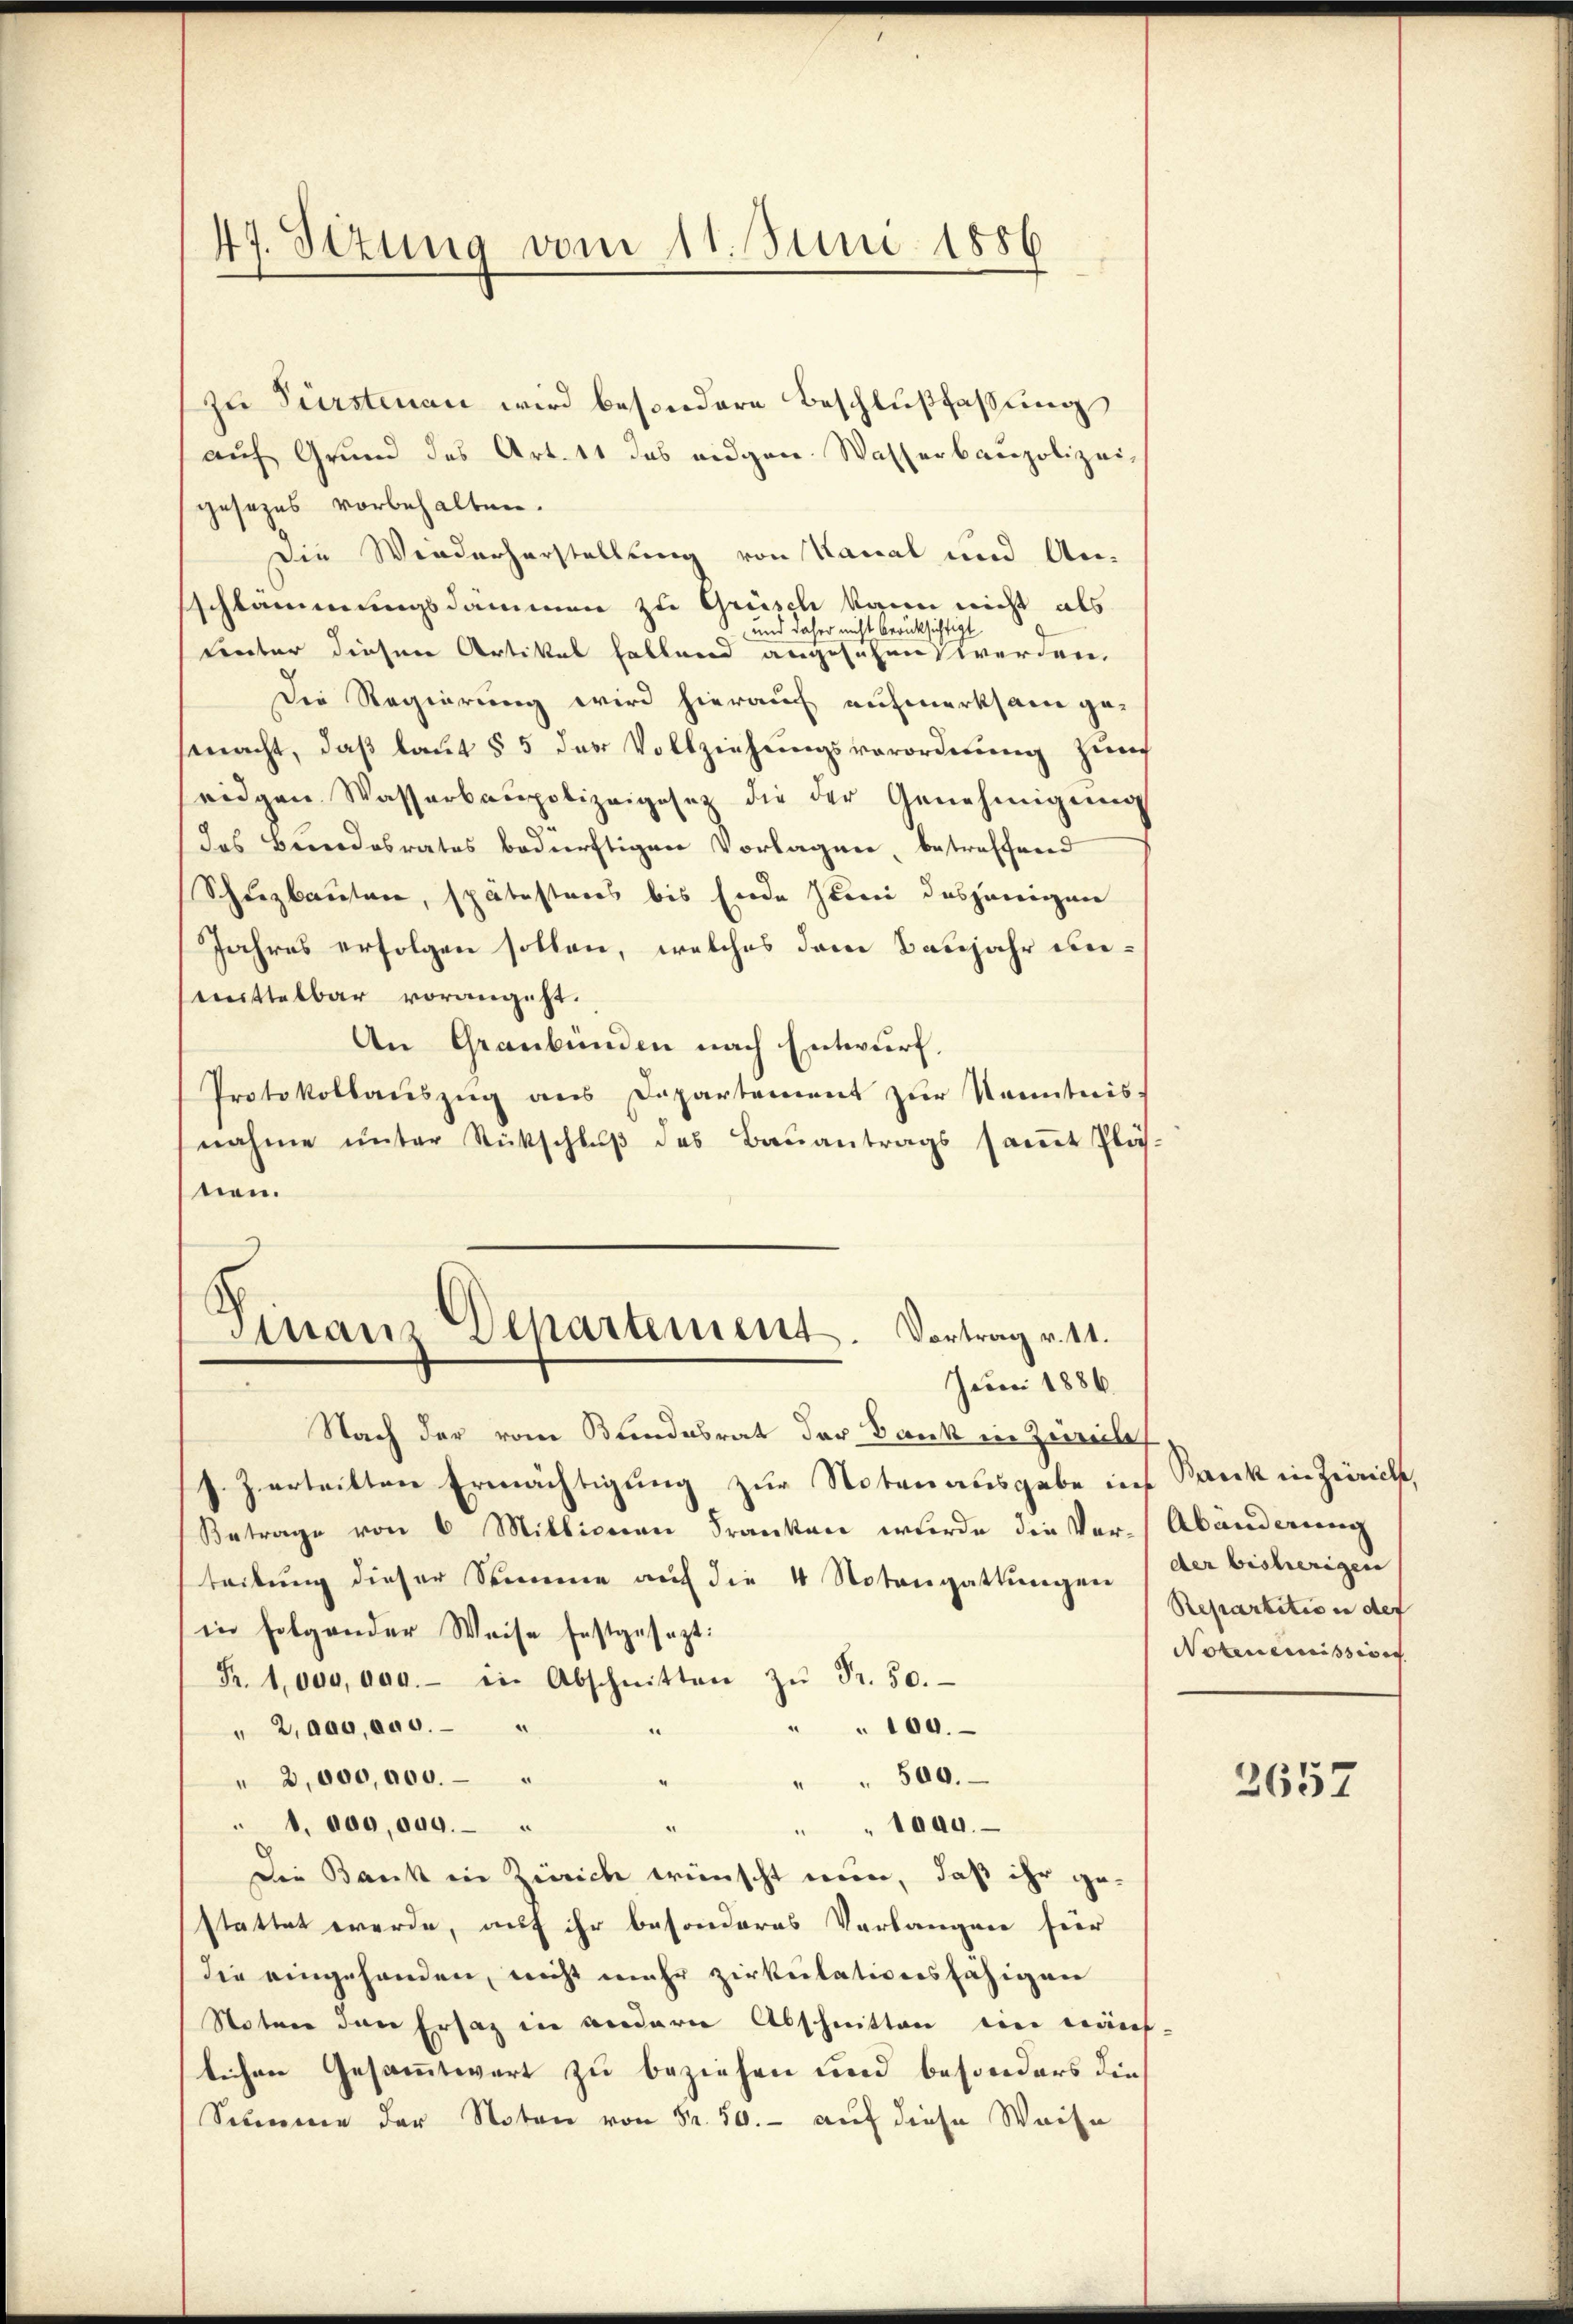
47. Situng vom 11. Juni 1886

zu Fürstenan wird besondere Beschlußfassung
auf Grund des Art. 11 das augen. Wasserbaupolizeigesezes vorbehalten.
Die Wiederherstellung von Kanal und An-
schlammungsdämmen zu Grüsch kann nicht als
und daher nicht berücksichtigt
tenter diesen Artikal fallend angesehen werden.
Die Regierung wird hierauf aufmerksam ge-
macht, daß laut § 5 der Vollziehungsverordnung zur
ridgen Wasserbaupolizeigesez die der Genehmigung
das Bundesrates bedürftigen Vorlagen, betreffend
Schutzbauten, spätesteres bis Ende Juni dasjenigene
Jahres erfolgen sollen, welches dem Banjahr unmittelbar vorangeht.
An Graubünden nach Entwurf.
Protokollauszug aus Departement zur Kenntnis
nahme unter Rückschlŭβ des Baŭantrags saṁt Pläs-
nen.
d
Finanz Separtement. Vortrag v. 11.
Juni 1886.
Nach der vom Bundesrat der Dank in Zürich
s. Z. erteilten Ermächtigung zur Notenausgabe in Dank in Zürich,
Betrage von 6 Millionen Franken wurde die Ver-Abänderung
teilung dieser Summe auf die 4 Notengattungen (der bisherigen
in folgender Weise festgesezt:
Fr. 1 000, das. - in Abschnitten zŭ Fr. 50.
100.
" 2, das, aus.
.
" 2,000,000.
" 500.
e
" 1. 800,000.
" 1000.
Die Bank in Zürich wünscht nun, daß ihr gestattet werde, auf ihr besonderes Verlangen hier
die eingehanden, nicht mehr zirkulationsfähigen
Stoten den Ersatz in andern Abschnitten ein äus-
lichen Gesammtwert zu beziehen und besonders dies
Summe der Noten von Fr. 50.- auf diese Weise

Repartitio in der
Notenemission

3652